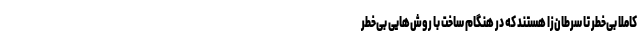
کاملاً بی‌خطر تا سرطان‌زا هستند که در هنگام ساخت با روش‌هایی بی‌خطر